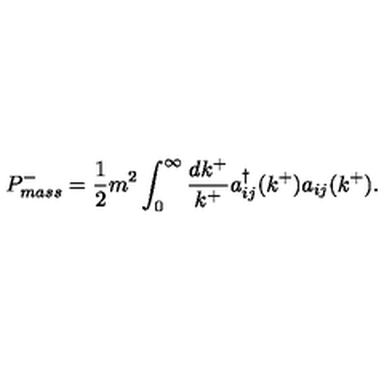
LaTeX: P _ { m a s s } ^ { - } = \frac { 1 } { 2 } m ^ { 2 } \int _ { 0 } ^ { \infty } \frac { d k ^ { + } } { k ^ { + } } a _ { i j } ^ { \dagger } ( k ^ { + } ) a _ { i j } ( k ^ { + } ) .